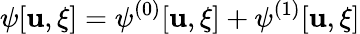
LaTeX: \psi[\mathbf{u},\xi]=\psi^{(0)}[\mathbf{u},\xi]+\psi^{(1)}[\mathbf{u},\xi]